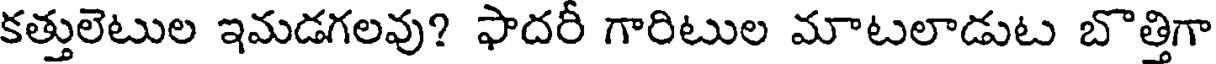
కత్తులెటుల ఇమడగలవు? ఫాదరీ గారిటుల మాటలాడుట బొత్తిగా